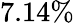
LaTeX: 7.14\%